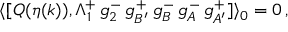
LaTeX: \langle [ Q ( \eta ( k ) ) , \Lambda _ { 1 } ^ { + } \, g _ { 2 } ^ { - } \, g _ { B ^ { \prime } } ^ { + } \, g _ { B } ^ { - } \, g _ { A } ^ { - } \, g _ { A ^ { \prime } } ^ { + } ] \rangle _ { 0 } = 0 \, ,